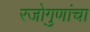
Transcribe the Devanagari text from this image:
रजोगुणांचा